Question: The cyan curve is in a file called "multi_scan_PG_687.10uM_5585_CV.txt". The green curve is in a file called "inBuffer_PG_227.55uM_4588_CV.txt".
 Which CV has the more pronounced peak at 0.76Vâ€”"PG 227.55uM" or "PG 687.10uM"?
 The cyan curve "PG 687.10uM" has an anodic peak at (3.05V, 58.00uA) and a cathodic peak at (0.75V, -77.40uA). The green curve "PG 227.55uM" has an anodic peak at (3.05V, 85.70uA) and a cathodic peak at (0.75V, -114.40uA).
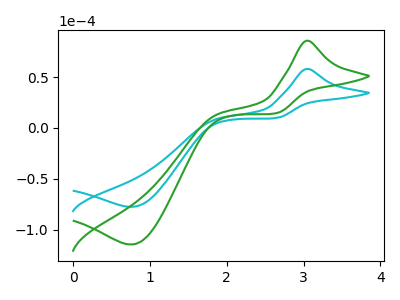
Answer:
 <answer>The peak at 0.76V is higher in "PG 227.55uM" than in "PG 687.10uM".</answer>
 <eval>higher</eval>